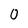
Character: 0